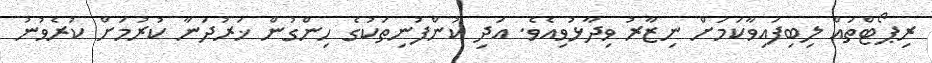
ރިޕޯޓްތައް ލިބިފައިވާކަމަށް ނިޒާރު ވިދާޅުވިއެވެ. އަދި ކުންފުނިތަކުގެ ހިންގުން ޚަރުދަނާ ކުރުމަށް ކުރެވުނު